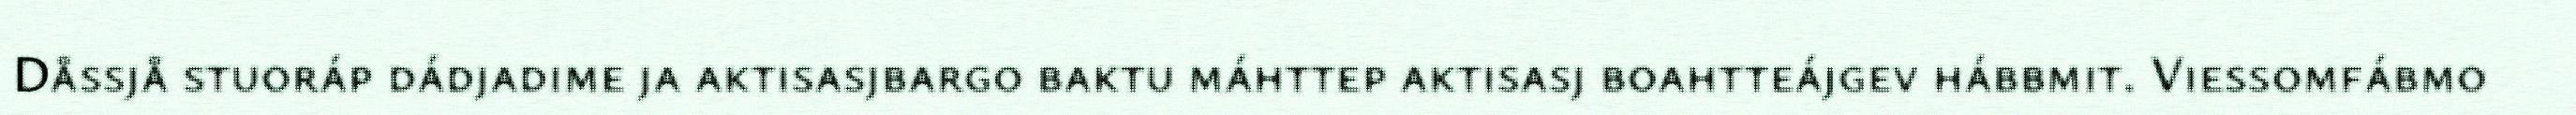
Dåssjå stuoráp dádjadime ja aktisasjbargo baktu máhttep aktisasj boahtteájgev hábbmit. Viessomfábmo